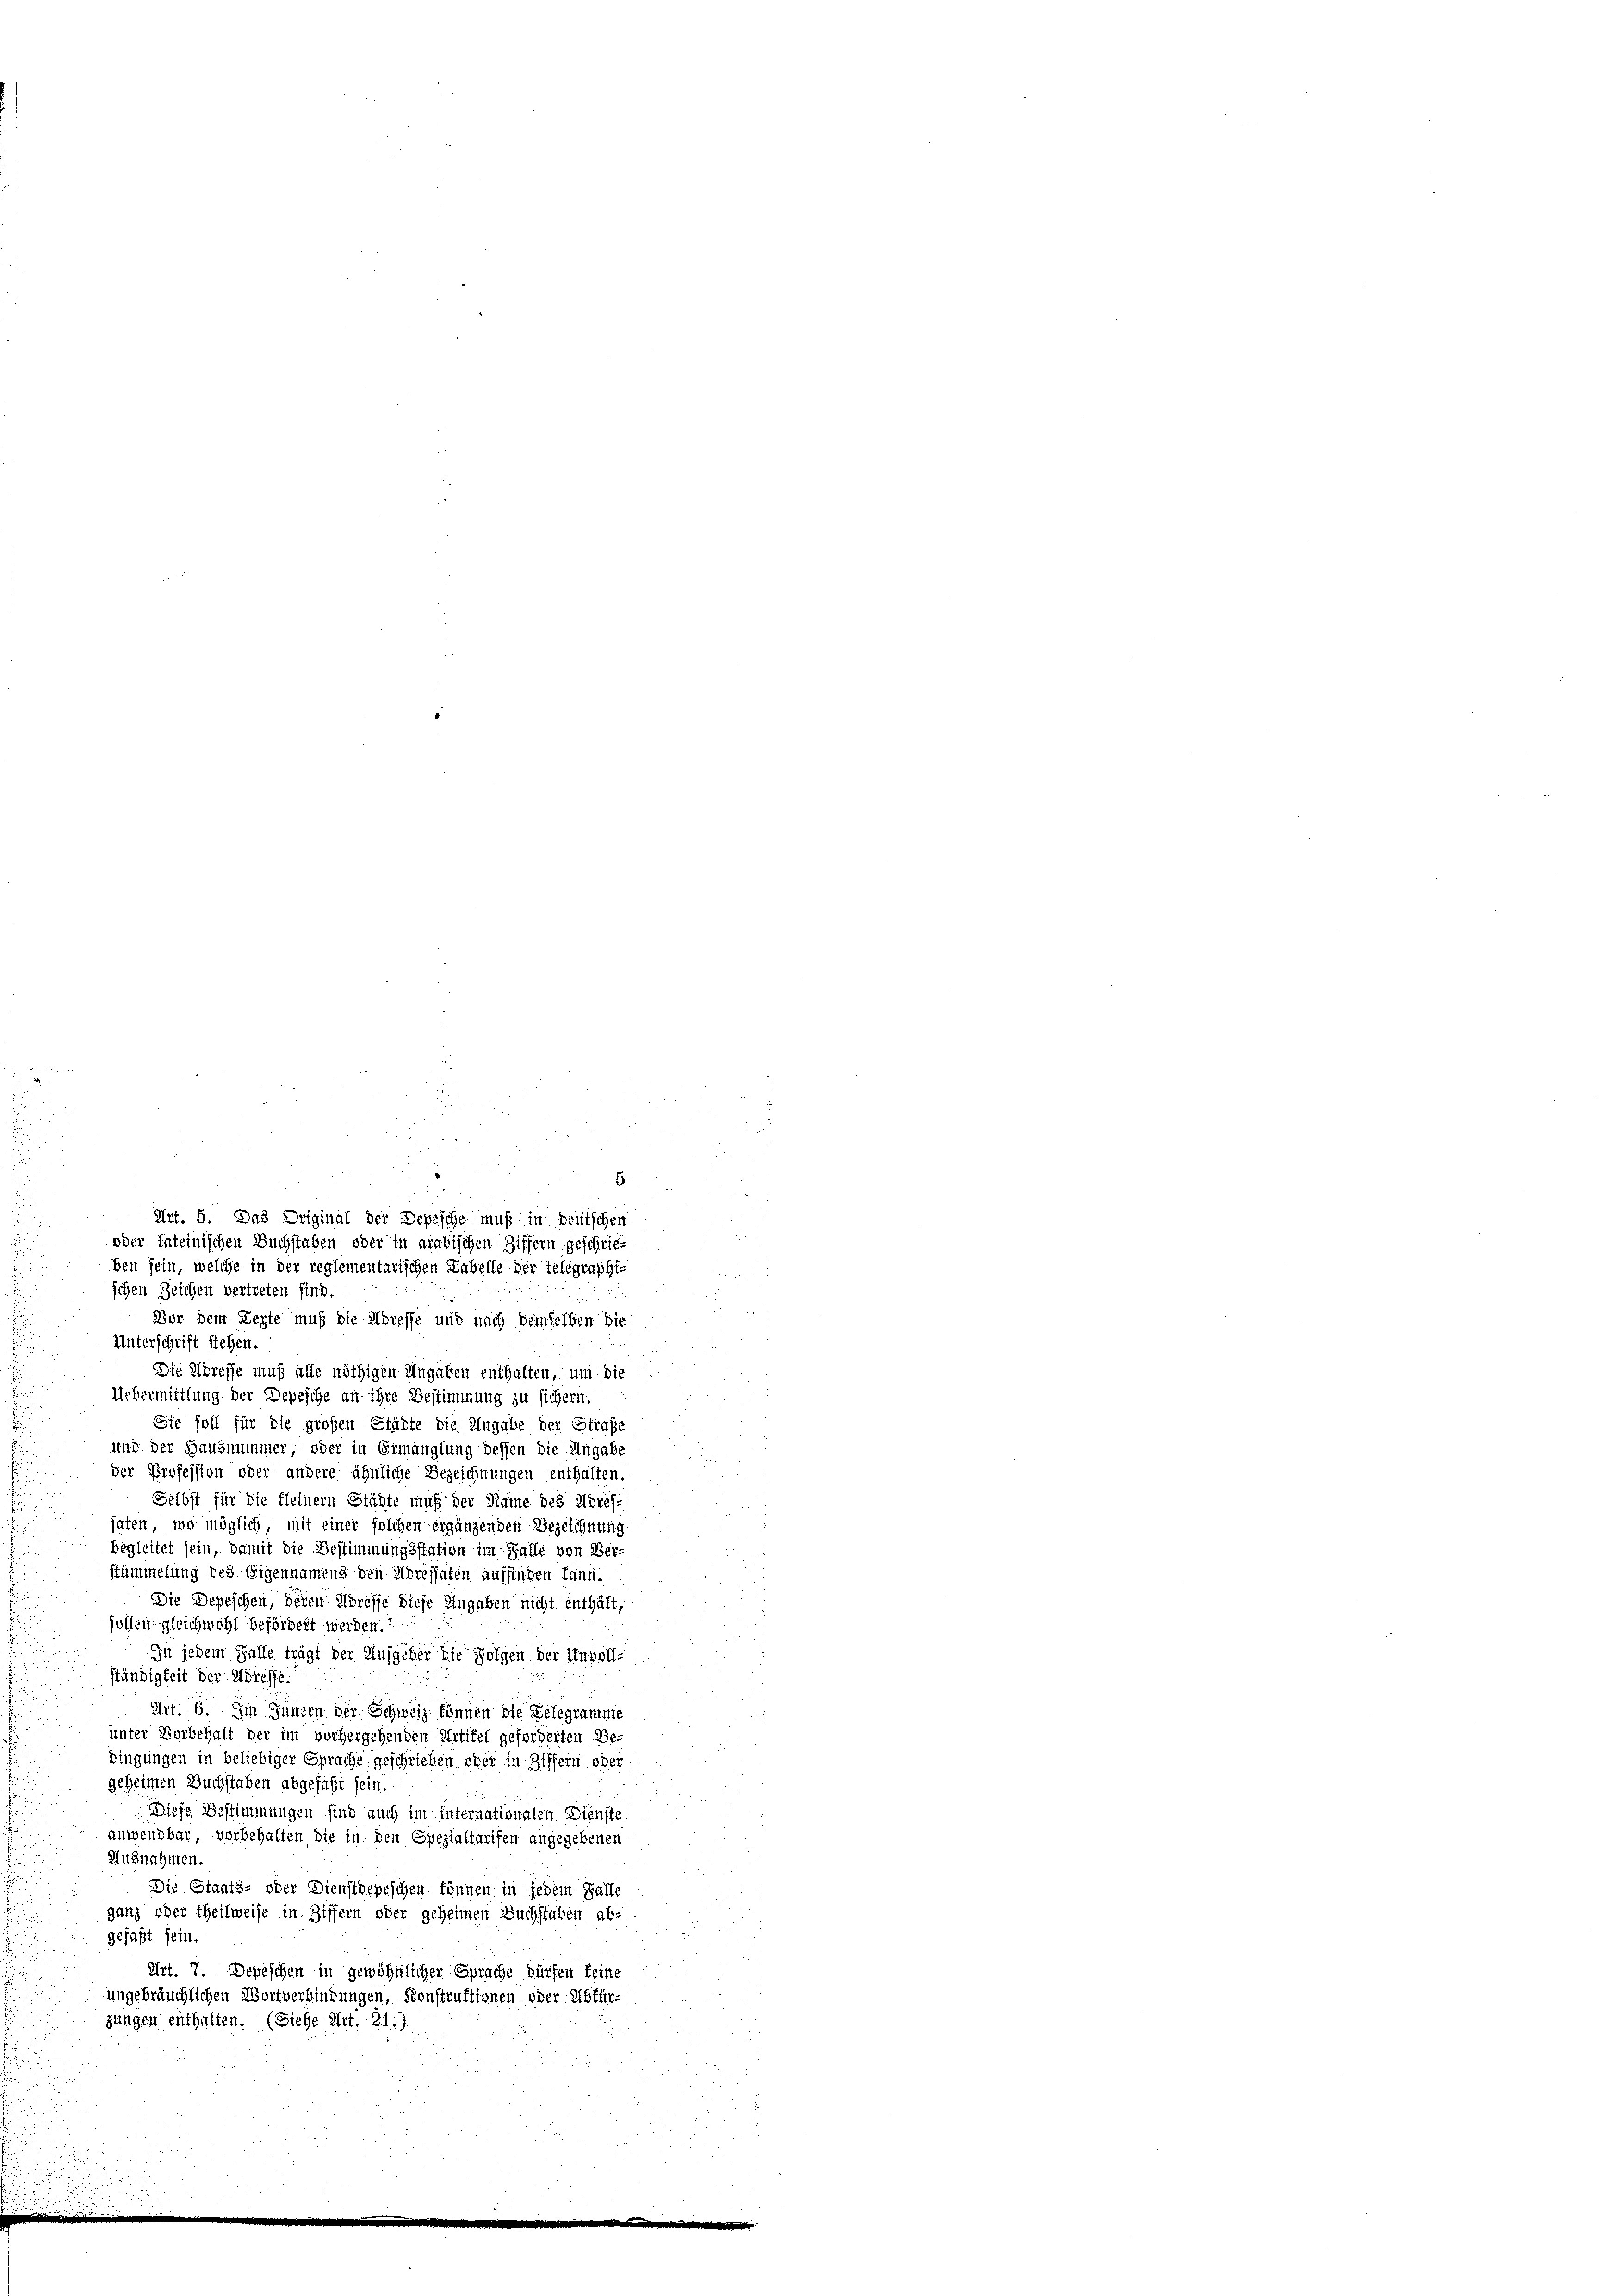
u
5
schen Zeichen vertreten sind.
Vor dem Lezte muß die Abreffe und nach demselben die
Unterschrift stehen:
Die Adresse muß alle nöthigen Angaben enthalten, um die
Uebermittlung der Depesche an ihre Bestimmung zu sichern.
Sie soll für die großen Städte die Angabe der Strafe
und der Hausnummer, oder in Ermanglung dessen die Angabe
der Profession oder andere ähnliche Bezeichnungen enthalten.
Selbst für die kleinern Städte muß der Name des Adres
haten, wo möglich, mit einer solchen ergänzenden Bezeichnung
begleitet sein, damit die Bestimmungsstation im Falle von Berstümmelung des Eigennamens den Adressaten auffinden kann.
Die Depeschen, deren Adresse diese Eingaben nicht enthält,
sollen gleichwohl befördert werden.
In jedem Falle trägt der Aufgeber die Folgen der Unvoll-
stündigkeit der Adresse.
u
Art. 6. Im Innern der Schweiz können die Belegramme
unter Vorbehalt der im vorhergehenden Artifel geforderten Be-
dingungen in beliebiger Sprache geschrieben oder in Ziffern oder
geheimen Buchstaben abgefaßt sein.
Diese Bestimmungen sind auch im internationalen Dienste
anwendbar, vorbehalten, die in den Spezialtarifen angegebenen
Ausnahmen.
Die Staats- oder Diensthepeschen können in jedem Falle
ganz oder theilweise in Ziffern oder geheimen Buchstaben ab-
gefaßt sein.
Art. 7. Depeschen in gewöhnlicher Sprache dürfen keine
ungebräuchlichen Wortverbindungen, Konstruktionen oder Abfür-
zungen enthalten. (Siehe Art. 21:)

Art. 5. Das Driginal der Depische muß in deutschen
oder lateinischen Buchstaben oder in arabischen Ziffern geschrieben sein, welche in der reglementarischen Labelle der telegraphi-